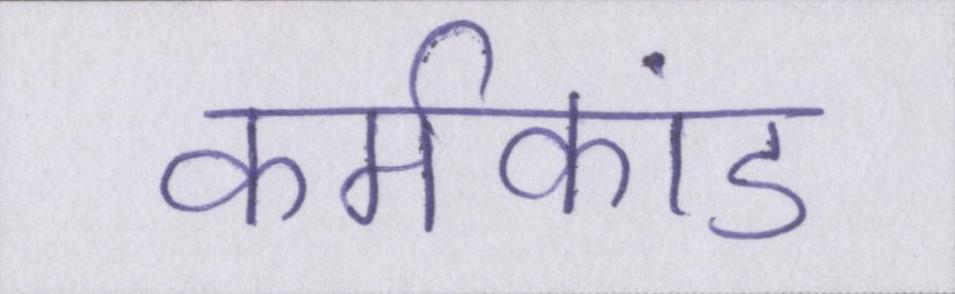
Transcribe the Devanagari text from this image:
कर्मकांड